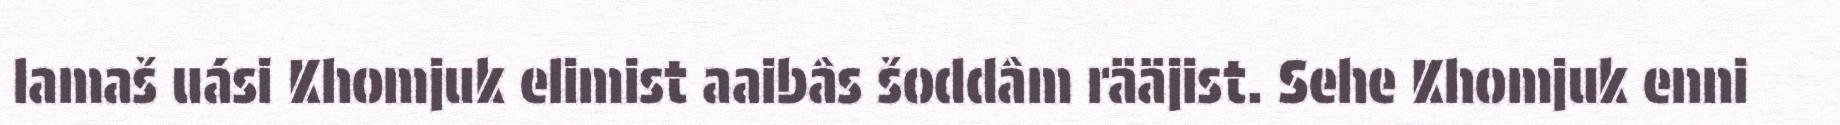
lamaš uási Khomjuk elimist aaibâs šoddâm rääjist. Sehe Khomjuk enni